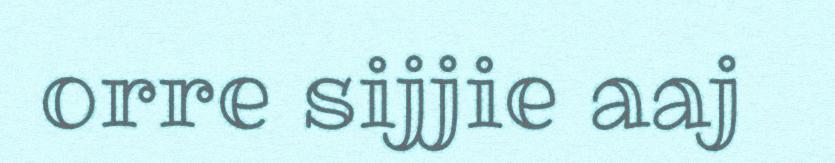
orre sijjie aaj